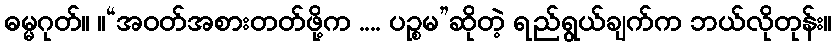
ဓမ္မဂုတ်။ ။“အဝတ်အစားတတ်ဖို့က .... ပဉ္စမ”ဆိုတဲ့ ရည်ရွယ်ချက်က ဘယ်လိုတုန်း။